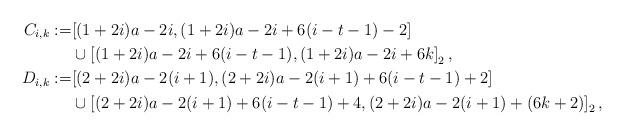
LaTeX: \begin{align*}C_{i,k} := & [(1+2i) a - 2 i, (1+2i) a - 2 i + 6 (i-t-1) - 2] \\& \cup \left[(1 + 2 i) a - 2 i + 6 (i-t-1), (1 + 2 i) a - 2 i + 6 k \right]_2,\\D_{i,k} := & [(2+2i) a - 2 (i+1), (2+2i) a - 2 (i+1) + 6 (i-t-1) + 2] \\& \cup \left[(2 + 2 i) a - 2 (i+1) + 6 (i-t-1) + 4, (2 + 2 i) a - 2 (i+1) + (6k+2) \right]_2,\\\end{align*}